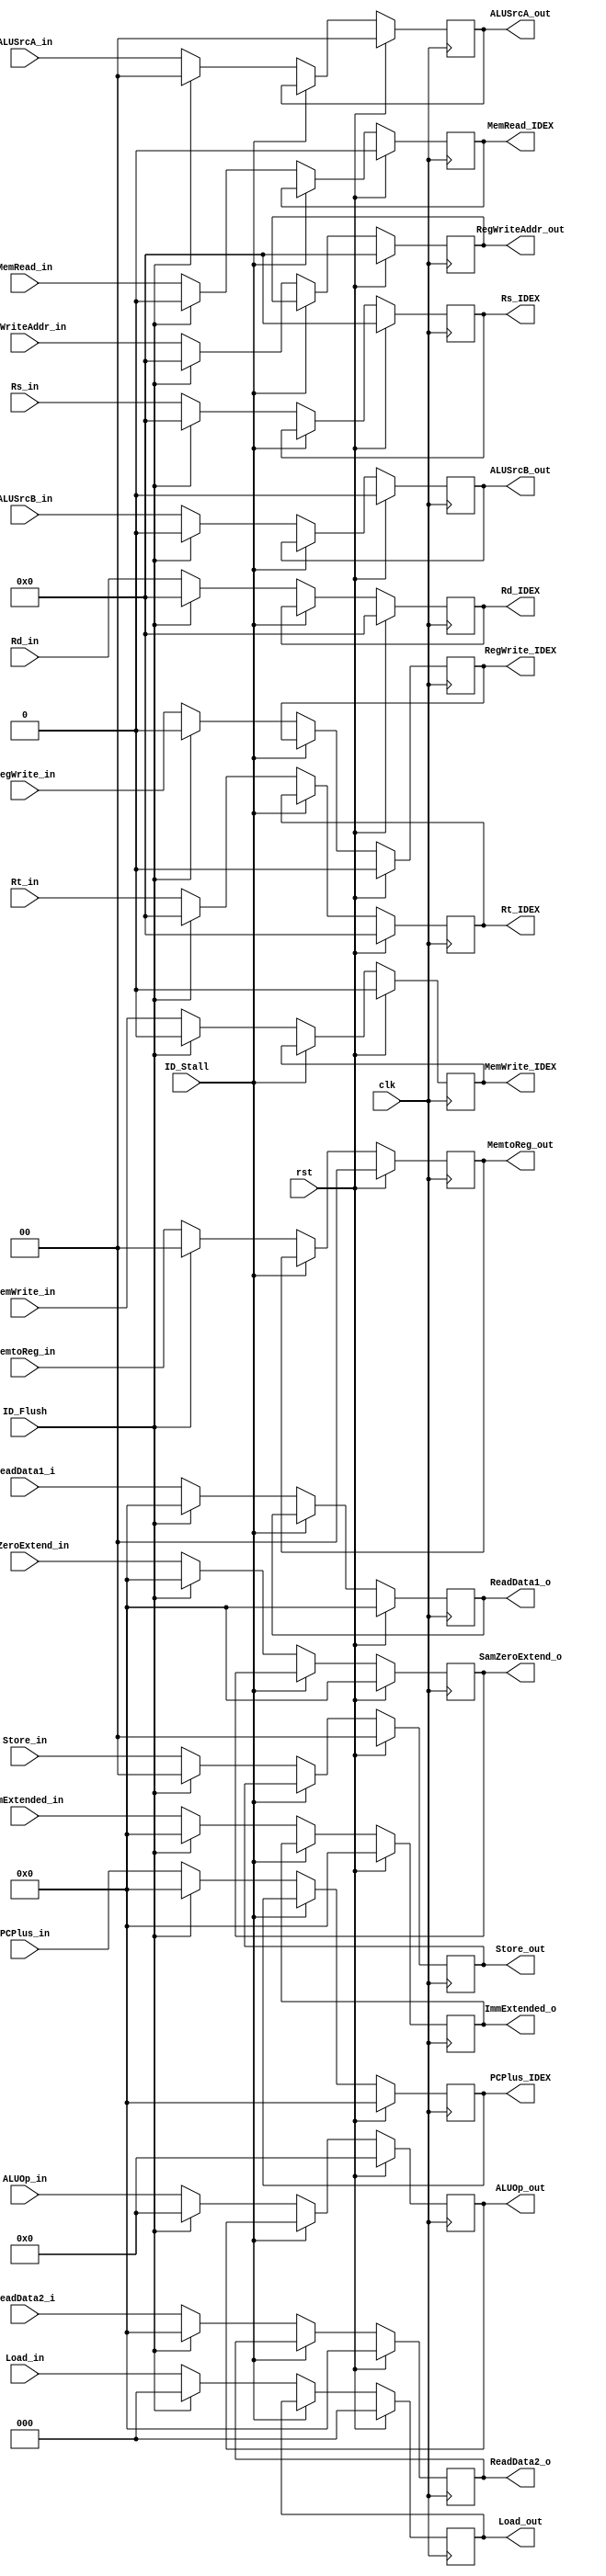
module IDEXREG(
    input clk,
    input rst,
    input ID_Stall,
    input ID_Flush, //flush for stall or start
    input[31:0] PCPlus_in,
    input[31:0] ReadData1_i,
    input[31:0] ReadData2_i,
    //change to the Immdiate?
    input[31:0] ImmExtended_in,
    //input[31:0] ImmZeroExtend_in,
    input[31:0] SamZeroExtend_in,
    input[4:0] Rs_in,
    input[4:0] Rt_in,
    input[4:0] Rd_in,
    output reg[31:0] PCPlus_IDEX,
    output reg[31:0] ReadData1_o,
    output reg[31:0] ReadData2_o,
    output reg[31:0] ImmExtended_o,
    //output reg[31:0] ImmZeroExtend_o,
    output reg[31:0] SamZeroExtend_o,
    output reg[4:0] Rs_IDEX,
    output reg[4:0] Rt_IDEX,
    output reg[4:0] Rd_IDEX,

    //control
    //input EXsel_in,
    input[4:0] RegWriteAddr_in,
    input[1:0] ALUSrcA_in,
    input ALUSrcB_in,
    input[3:0] ALUOp_in,
    input MemRead_in,
    input MemWrite_in,
    input[2:0] Load_in,
    input[1:0] Store_in,
    input[1:0] MemtoReg_in,
    input RegWrite_in,
    //output reg EXsel_out,
    output reg[4:0] RegWriteAddr_out,
    output reg[1:0] ALUSrcA_out,
    output reg ALUSrcB_out,
    output reg[3:0] ALUOp_out,
    output reg MemRead_IDEX,
    output reg MemWrite_IDEX,
    output reg[2:0] Load_out,
    output reg[1:0] Store_out,
    output reg[1:0] MemtoReg_out,
    output reg RegWrite_IDEX
    );
initial
begin
    PCPlus_IDEX <= 32'b0;
    ReadData1_o <= 32'b0;
    ReadData2_o <= 32'b0;
    ImmExtended_o <= 32'b0;
    SamZeroExtend_o <= 32'b0;
    Rs_IDEX <= 5'b0;
    Rt_IDEX <= 5'b0;
    Rd_IDEX <= 5'b0;
    RegWriteAddr_out <= 5'b0;
    ALUSrcA_out <= 2'b00;
    ALUSrcB_out <= 0;
    ALUOp_out <= 4'b0;
    MemRead_IDEX <= 0;
    MemWrite_IDEX <= 0;
    Load_out <= 3'b000;
    Store_out <= 2'b00;
    MemtoReg_out <= 2'b00;
    RegWrite_IDEX <= 0;
end   

always @(posedge clk) begin
    if (rst) begin
    PCPlus_IDEX <= 32'b0;
    ReadData1_o <= 32'b0;
    ReadData2_o <= 32'b0;
    ImmExtended_o <= 32'b0;
    SamZeroExtend_o <= 32'b0;
    Rs_IDEX <= 5'b0;
    Rt_IDEX <= 5'b0;
    Rd_IDEX <= 5'b0;
    RegWriteAddr_out <= 5'b0;
    ALUSrcA_out <= 2'b00;
    ALUSrcB_out <= 0;
    ALUOp_out <= 4'b0;
    MemRead_IDEX <= 0;
    MemWrite_IDEX <= 0;
    Load_out <= 3'b000;
    Store_out <= 2'b00;
    MemtoReg_out <= 2'b00;
    RegWrite_IDEX <= 0;
    end
    else if(!ID_Stall)
    begin
        if(ID_Flush)
        begin
            PCPlus_IDEX <= 32'b0;
            ReadData1_o <= 32'b0;
            ReadData2_o <= 32'b0;
            ImmExtended_o <= 32'b0;
            SamZeroExtend_o <= 32'b0;
            Rs_IDEX <= 5'b0;
            Rt_IDEX <= 5'b0;
            Rd_IDEX <= 5'b0;
            RegWriteAddr_out <= 5'b0;
            ALUSrcA_out <= 2'b00;
            ALUSrcB_out <= 0;
            ALUOp_out <= 4'b0;
            MemRead_IDEX <= 0;
            MemWrite_IDEX <= 0;
            Load_out <= 3'b000;
            Store_out <= 2'b00;
            MemtoReg_out <= 2'b00;
            RegWrite_IDEX <= 0;
        end
        else
        begin
            PCPlus_IDEX <= PCPlus_in;
            ReadData1_o <= ReadData1_i;
            ReadData2_o <= ReadData2_i;
            ImmExtended_o <= ImmExtended_in;
            SamZeroExtend_o <= SamZeroExtend_in;
            Rs_IDEX <= Rs_in;
            Rt_IDEX <= Rt_in;
            Rd_IDEX <= Rd_in;
            RegWriteAddr_out <= RegWriteAddr_in;
            ALUSrcA_out <= ALUSrcA_in;
            ALUSrcB_out <= ALUSrcB_in;
            ALUOp_out <= ALUOp_in;
            MemRead_IDEX <= MemRead_in;
            MemWrite_IDEX <= MemWrite_in;
            Load_out <= Load_in;
            Store_out <= Store_in;
            MemtoReg_out <= MemtoReg_in;
            RegWrite_IDEX <= RegWrite_in;
        end
    end
end


endmodule // IDEXREG